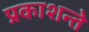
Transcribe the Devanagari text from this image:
प्रकाशन्ते